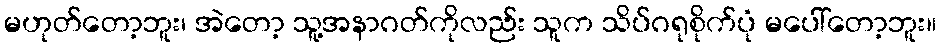
မဟုတ်တော့ဘူး၊ အဲတော့ သူ့အနာဂတ်ကိုလည်း သူက သိပ်ဂရုစိုက်ပုံ မပေါ်တော့ဘူး။